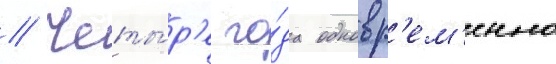
// Четы́р'е го́да одновр'ем'енно